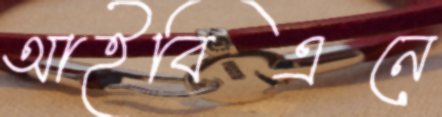
আইবিএনে